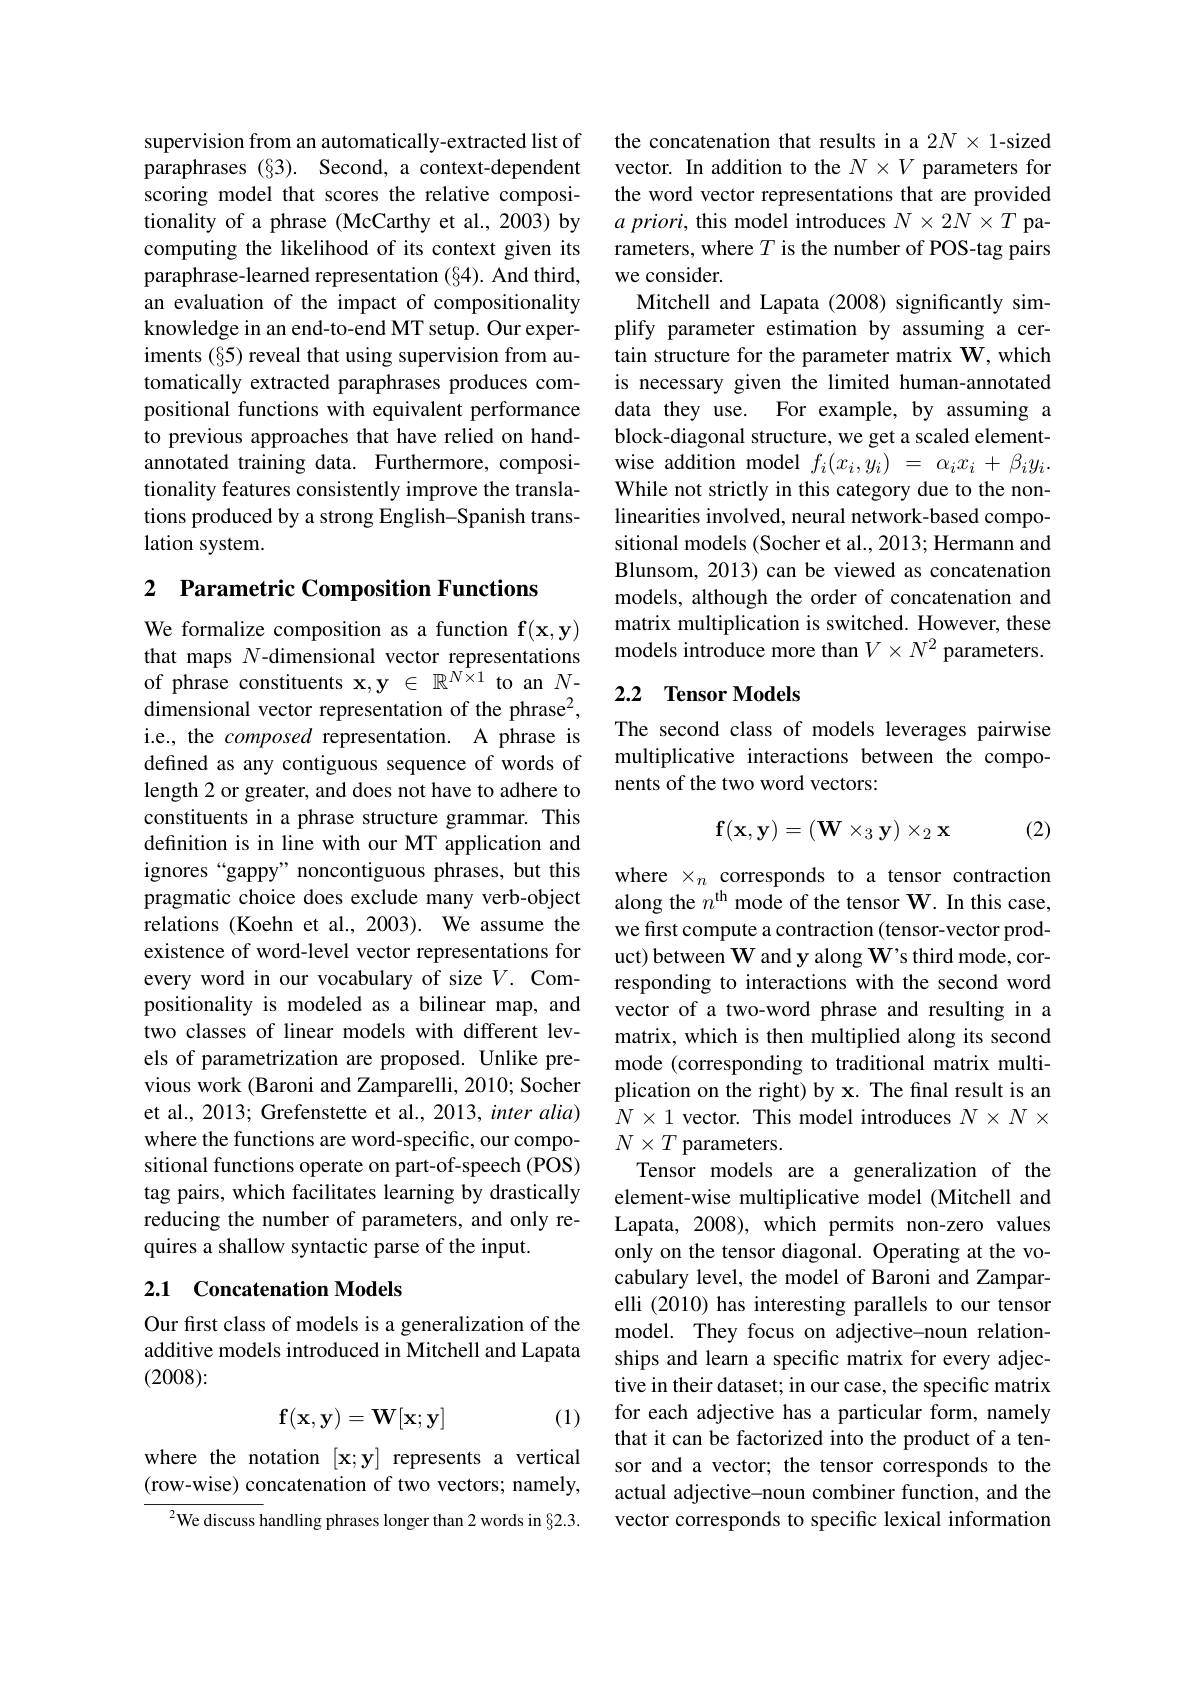
supervision from an automatically-extracted list of paraphrases (§3). Second, a context-dependent scoring model that scores the relative compositionality of a phrase (McCarthy et al., 2003) by computing the likelihood of its context given its paraphrase-learned representation (§4). And third, an evaluation of the impact of compositionality knowledge in an end-to-end MT setup. Our experiments (§5) reveal that using supervision from automatically extracted paraphrases produces compositional functions with equivalent performance to previous approaches that have relied on handannotated training data. Furthermore, compositionality features consistently improve the translations produced by a strong English-Spanish translation system.

## 2 $\textbf{Parametric Composition Functions}$

We formalize composition as a function f(x,y) that maps $N$-dimensional vector representations of phrase constituents $\mathbf{x},\mathbf{y}\in\mathbb{R}^{N\times1}$ to an $N-$ dimensional vector representation of the phrase$^2$, i.e., the composed representation. A phrase is defined as any contiguous sequence of words of length 2 or greater, and does not have to adhere to constituents in a phrase structure grammar. This definition is in line with our MT application and ignores “gappy” noncontiguous phrases, but this pragmatic choice does exclude many verb-object relations (Koehn et al., 2003). We assume the existence of word-level vector representations for every word in our vocabulary of size $V.$ Compositionality is modeled as a bilinear map, and two classes of linear models with different levels of parametrization are proposed. Unlike previous work (Baroni and Zamparelli, 2010; Socher et al., 2013; Grefenstette et al., 2013, inter alia) where the functions are word-specific, our compositional functions operate on part-of-speech (POS) tag pairs, which facilitates learning by drastically reducing the number of parameters, and only requires a shallow syntactic parse of the input.

## 2.1 Concatenation Models

Our first class of models is a generalization of the additive models introduced in Mitchell and Lapata (2008):

(1)
$$\mathbf f(\mathbf x,\mathbf y)=\mathbf W[\mathbf x;\mathbf y]$$
where the notation $[\mathbf{x};\mathbf{y}]$ represents a vertical (row-wise) concatenation of two vectors; namely,
$^{2}$We discuss handling phrases longer than 2 words in §2.3.

the concatenation that results in a 2N × 1-sized vector. In addition to the $N\times V$ parameters for the word vector representations that are provided $a\textit{ priori, this model introduces }N\times 2N\times T$ parameters, where $T$ is the number of POS-tag pairs we consider.
Mitchell and Lapata (2008) significantly simplify parameter estimation by assuming a certain structure for the parameter matrix $\mathbf{W}$,which is necessary given the limited human-annotated data they use. For example, by assuming a block-diagonal structure, we get a scaled elementwise addition model $f_i(x_i,\bar{y_i})~=~\alpha_ix_i~+~\beta_iy_i.$ While not strictly in this category due to the nonlinearities involved, neural network-based compositional models (Socher et al., 2013; Hermann and Blunsom, 2013) can be viewed as concatenation models, although the order of concatenation and matrix multiplication is switched. However, these models introduce more than $V\times N^2$ parameters.

## 2.2 Tensor Models

The second class of models leverages pairwise multiplicative interactions between the components of the two word vectors:
$$\mathbf f(\mathbf x,\mathbf y)=(\mathbf W\times_3\mathbf y)\times_2\mathbf x$$
(2)

where $\times_n$ corresponds to a tensor contraction along the $n^\mathrm{th}$ mode of the tensor W. In this case, we first compute a contraction (tensor-vector product) between W and y along $\mathbf{W}$'s third mode, corresponding to interactions with the second word vector of a two-word phrase and resulting in a matrix, which is then multiplied along its second mode (corresponding to traditional matrix multiplication on the right) by x. The final result is an $N\times1$ vector. This model introduces $N\times N\times$ $N\times T$ parameters.
Tensor models are a generalization of the element-wise multiplicative model (Mitchell and Lapata, 2008), which permits non-zero values only on the tensor diagonal. Operating at the vocabulary level, the model of Baroni and Zamparelli (2010) has interesting parallels to our tensor model. They focus on adjective-noun relationships and learn a specific matrix for every adjective in their dataset; in our case, the specific matrix for each adjective has a particular form, namely that it can be factorized into the product of a tensor and a vector; the tensor corresponds to the actual adjective-noun combiner function, and the vector corresponds to specific lexical information